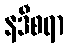
နဒီစရာ